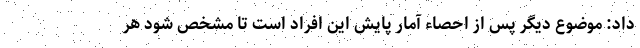
داد: موضوع دیگر پس از احصاء آمار پایش این افراد است تا مشخص شود هر